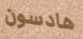
هادسون